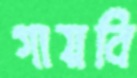
গায়বি